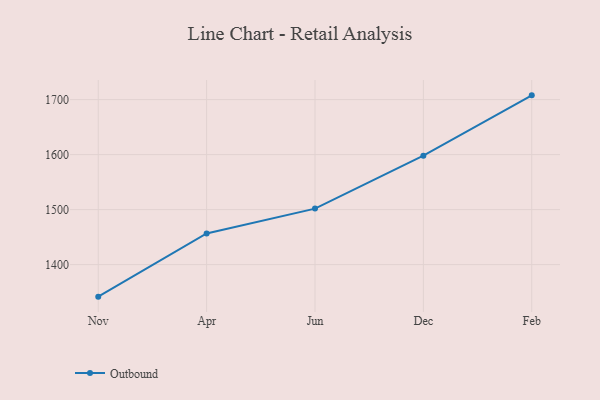
{"axis": {"x": "Month", "y": "Operating Costs (USD K)"}, "legend": ["Outbound"], "data": [{"x": "Nov", "y": 1341.8, "type": "Outbound"}, {"x": "Apr", "y": 1456.6, "type": "Outbound"}, {"x": "Jun", "y": 1501.9, "type": "Outbound"}, {"x": "Dec", "y": 1598.2, "type": "Outbound"}, {"x": "Feb", "y": 1707.8, "type": "Outbound"}]}